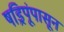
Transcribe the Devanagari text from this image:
षड्रिपूंपासून